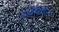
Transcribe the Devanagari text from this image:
शक्तेशगढ़